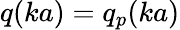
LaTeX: q(ka)=q_{p}(ka)